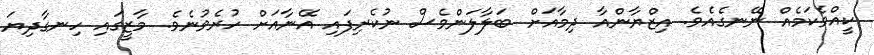
ކީއްވެކަމެއް ނޭނގެއެވެ. އިޒްޔާންއާ ދިމާއަށް ބަލާލަންވެސް ނުކެރިފައި އޭނާއަށް ހުރެވުނެވެ. މާޒީގައި ހިނގާދިޔަ